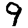
Digit: 9